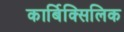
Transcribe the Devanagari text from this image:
कार्बिक्सिलिक